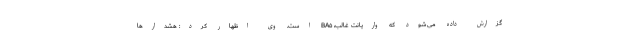
گزارش داده می‌شود که واریانت غالب، BA۵ است. وی اظهار کرد: هشدارها